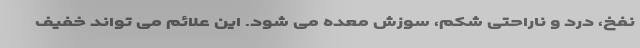
نفخ، درد و ناراحتی شکم، سوزش معده می شود. این علائم می تواند خفیف